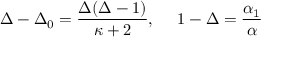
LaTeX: \Delta - \Delta _ { 0 } = \frac { \Delta ( \Delta - 1 ) } { \kappa + 2 } , ~ ~ ~ ~ 1 - \Delta = { \frac { \alpha _ { 1 } } { \alpha } }